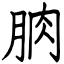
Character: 朒